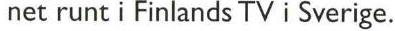
net runt i Finlands TV i Sverige.